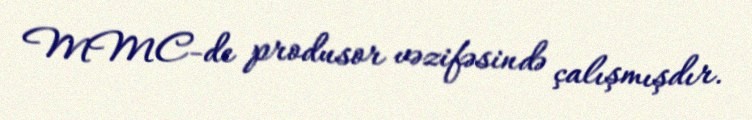
MMC-de produsor vəzifəsində çalışmışdır.